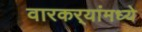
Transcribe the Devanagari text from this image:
वारकर्‍यांमध्ये